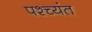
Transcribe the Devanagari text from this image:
पश्च्यंत